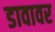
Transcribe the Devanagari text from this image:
डावावर